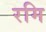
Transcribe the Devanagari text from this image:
रमि